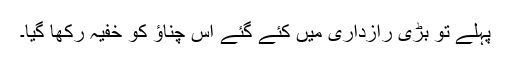
پہلے تو بڑی رازداری میں کئے گئے اس چناؤ کو خفیہ رکھا گیا۔